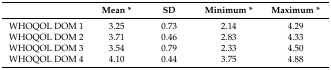
<table><thead><tr><td></td><td><b>Mean *</b></td><td><b>SD</b></td><td><b>Minimum *</b></td><td><b>Maximum *</b></td></tr></thead><tbody><tr><td>WHOQOL DOM 1</td><td>3.25</td><td>0.73</td><td>2.14</td><td>4.29</td></tr><tr><td>WHOQOL DOM 2</td><td>3.71</td><td>0.46</td><td>2.83</td><td>4.33</td></tr><tr><td>WHOQOL DOM 3</td><td>3.54</td><td>0.79</td><td>2.33</td><td>4.50</td></tr><tr><td>WHOQOL DOM 4</td><td>4.10</td><td>0.44</td><td>3.75</td><td>4.88</td></tr></tbody></table>